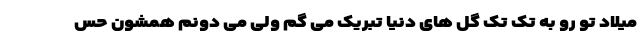
میلاد تو رو به تک تک گل های دنیا تبریک می گم ولی می دونم همشون حس